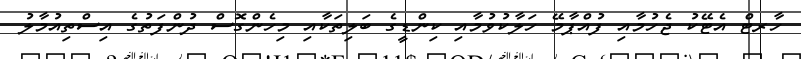
ހާރޓް އެޓޭކު ޖެހުމާއި ފުއްޕާމޭ ހަލާކުވުމާއި ކިންޑީގެ ބަލިތަކާއި މިހެންގޮސް ދުންފަތުގެ އިސްތިއުމާލު